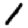
Digit: 1